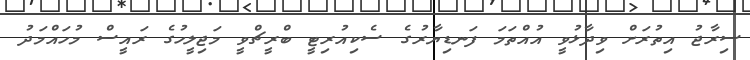
ސިރާޖު އިތުރަށް ވިދާޅުވީ އުއްތަމަ ފަނޑިޔާރުގެ ސެކިއުރިޓީ ބްރީޗްވީ މަޖިލީހުގެ ރައީސް މުހައްމަދު